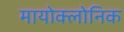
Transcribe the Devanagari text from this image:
मायोक्लोनिक